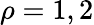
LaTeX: \rho=1,2